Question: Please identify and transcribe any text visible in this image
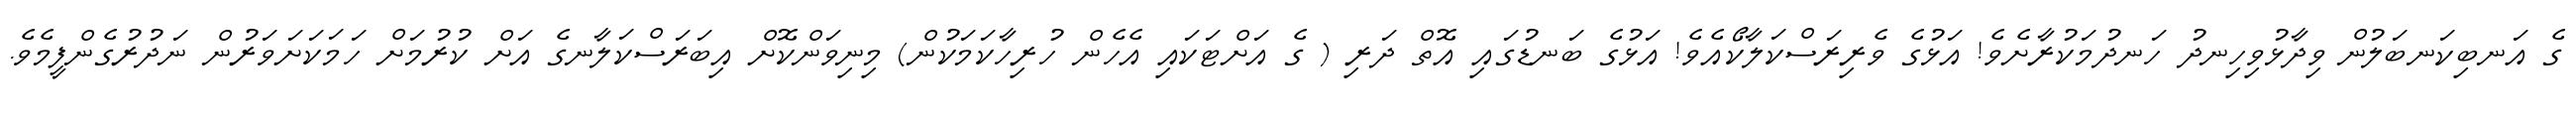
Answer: ގެ އަނބިކަނބަލުން ވިދާޅުވިހިނދު ހަނދުމަކުރާށެވެ! އަޅުގެ ވެރިރަސްކަލާކޯއެވެ! އަޅުގެ ބަނޑުގައި އޮތް ދަރި ( ގެ އަށްޓަކައި އެހެން ހުރިހާކަމަކުން) މިނިވަންކޮށް އިބަރަސްކަލާނގެ އަށް ކުރުމަށް ހަމަކަށަވަރުން ނަދުރުގެންފީމެވެ.